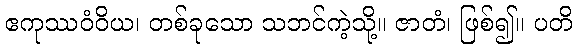
ဧကုဿဝံဝိယ၊ တစ်ခုသော သဘင်ကဲ့သို့။ ဇာတံ၊ ဖြစ်၍။ ပတိ